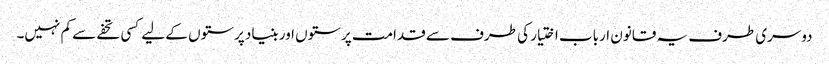
دوسری طرف یہ قانون ارباب اختیار کی طرف سے قدامت پرستوں اور بنیاد پرستوں کے لیے کسی تحفے سے کم نہیں۔